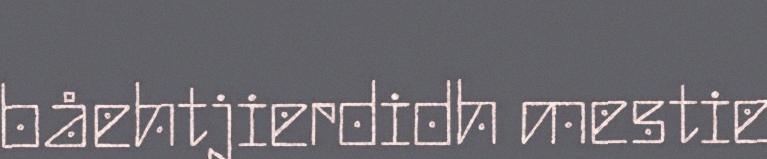
båehtjierdidh mestie